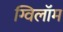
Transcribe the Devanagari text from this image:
ग्विलॉम